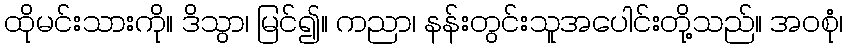
ထိုမင်းသားကို။ ဒိသွာ၊ မြင်၍။ ကညာ၊ နန်းတွင်းသူအပေါင်းတို့သည်။ အဝစုံ၊